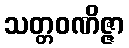
သတ္တဝဏိဇ္ဇာ